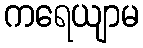
ကရေယျာမ